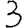
Digit: 3